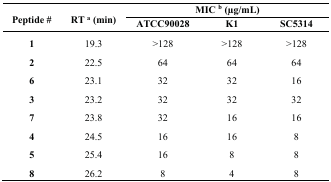
<table><thead><tr><td rowspan="2"><b>Peptide #</b></td><td rowspan="2"><b>RT <sup>a</sup> (min)</b></td><td colspan="3"><b>MIC <sup>b</sup> (μg/mL)</b></td></tr><tr><td><b>ATCC90028</b></td><td><b>K1</b></td><td><b>SC5314</b></td></tr></thead><tbody><tr><td><b>1</b></td><td>19.3</td><td>&gt;128</td><td>&gt;128</td><td>&gt;128</td></tr><tr><td><b>2</b></td><td>22.5</td><td>64</td><td>64</td><td>64</td></tr><tr><td><b>6</b></td><td>23.1</td><td>32</td><td>32</td><td>16</td></tr><tr><td><b>3</b></td><td>23.2</td><td>32</td><td>32</td><td>32</td></tr><tr><td><b>7</b></td><td>23.8</td><td>32</td><td>16</td><td>16</td></tr><tr><td><b>4</b></td><td>24.5</td><td>16</td><td>16</td><td>8</td></tr><tr><td><b>5</b></td><td>25.4</td><td>16</td><td>8</td><td>8</td></tr><tr><td><b>8</b></td><td>26.2</td><td>8</td><td>4</td><td>8</td></tr></tbody></table>